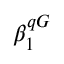
\beta _ { 1 } ^ { q G }